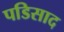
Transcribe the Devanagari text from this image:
पडिसाद